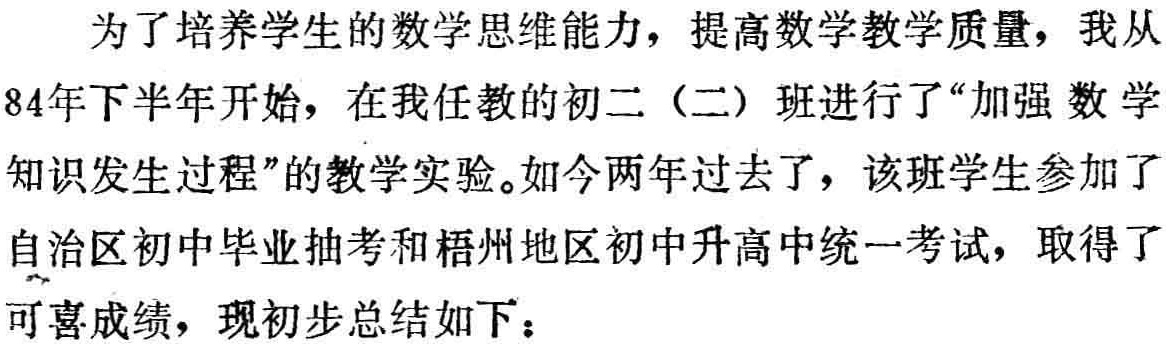
为了培养学生的数学思维能力，提高数学教学质量，我从84年下半年开始，在我任教的初二（二）班进行了“加强数学知识发生过程”的教学实验。如今两年过去了，该班学生参加了自治区初中毕业抽考和梧州地区初中升高中统一考试，取得了可喜成绩，现初步总结如下：